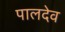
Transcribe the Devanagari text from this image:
पालदेव